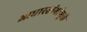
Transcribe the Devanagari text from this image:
आधारस्तंभांमुळे